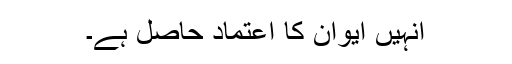
انہیں ایوان کا اعتماد حاصل ہے۔